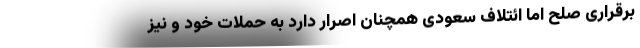
برقراری صلح اما ائتلاف سعودی همچنان اصرار دارد به حملات خود و نیز